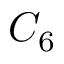
C _ { 6 }